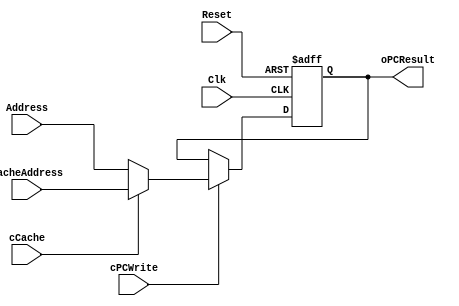
`timescale 1ns / 1ps
//////////////////////////////////////////////////////////////////////////////////
// Company: 
// Engineer: 
// 
// Design Name: 
// Module Name: ProgramCounter_C
// Project Name: 
// Target Devices: 
// Tool Versions: 
// Description: 
// 
// Dependencies: 
// 
// Revision:
// Revision 0.01 - File Created
// Additional Comments:
// 
//////////////////////////////////////////////////////////////////////////////////


module ProgramCounter_C(Clk, Reset,
                        cPCWrite, cCache,
                        Address, CacheAddress,
                        
                        oPCResult);

    input Reset, Clk, cPCWrite, cCache;
	input [31:0] Address, CacheAddress;
	
	output reg [31:0] oPCResult;
	
	initial begin
	oPCResult = 32'b0;
	end
	
	always @(posedge Reset or posedge Clk) begin
	   if (Reset) begin
	       oPCResult = 32'b0;
	   end
	   else begin
	       if (cPCWrite == 1) begin
	           if (cCache == 1) begin
	               oPCResult = CacheAddress;
	           end
	           else begin
	               oPCResult = Address;
	           end
	       end
	   end
	end

endmodule